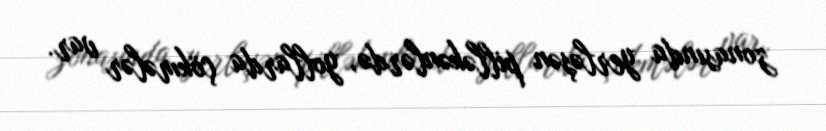
zonasında yerləşən pilləkənlərdə, yollarda çökmələr var.